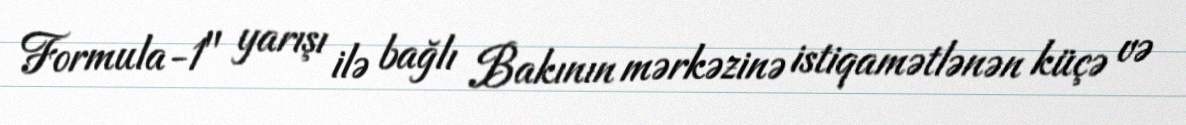
Formula-1" yarışı ilə bağlı Bakının mərkəzinə istiqamətlənən küçə və